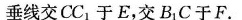
垂线交CC_{1}于E，交B_{1}C于F.